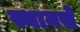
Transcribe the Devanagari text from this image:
स्थानसे